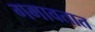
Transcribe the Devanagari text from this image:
गमावतात